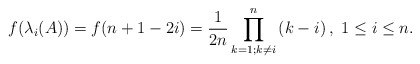
\begin{align*}f(\lambda_i(A))=f(n+1-2i)=\frac{1}{2n} \prod_{k=1 ; k \neq i}^{n}\left(k-i\right), \ 1\leq i\leq n. \end{align*}